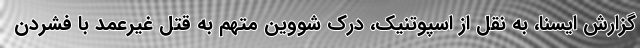
گزارش ایسنا، به نقل از اسپوتنیک، درک شووین متهم به قتل غیرعمد با فشردن